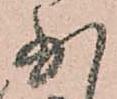
少